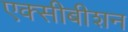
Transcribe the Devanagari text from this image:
एक्सीबीशन